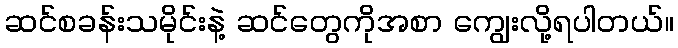
ဆင်စခန်းသမိုင်းနဲ့ ဆင်တွေကိုအစာ ကျွေးလို့ရပါတယ်။